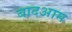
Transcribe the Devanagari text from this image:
बादआम